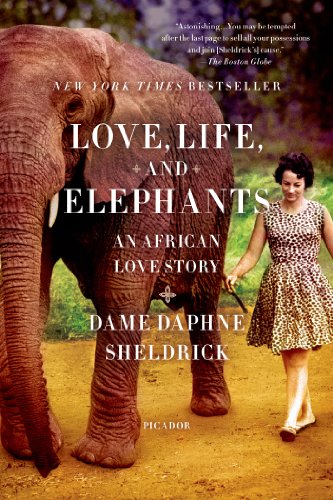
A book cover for Love, Life, and Elephants: An African Love Story; Daphne Sheldrick; Science & Math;